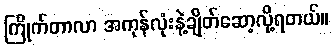
ကြိုက်တာလာ အကုန်လုံးနဲ့ချိတ်ဆော့လို့ရတယ်။